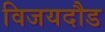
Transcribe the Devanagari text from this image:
विजयदौड